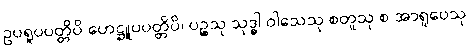
ဥပရူပပတ္တိပိ ဟေဋ္ဌူပပတ္တိပိ၊ ပဉ္စသု သုဒ္ဓါ ဝါသေသု စတူသု စ အာရူပေသု